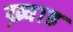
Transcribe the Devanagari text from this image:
ख्व़ाह